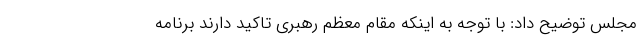
مجلس توضیح داد: با توجه به اینکه مقام معظم رهبری تاکید دارند برنامه